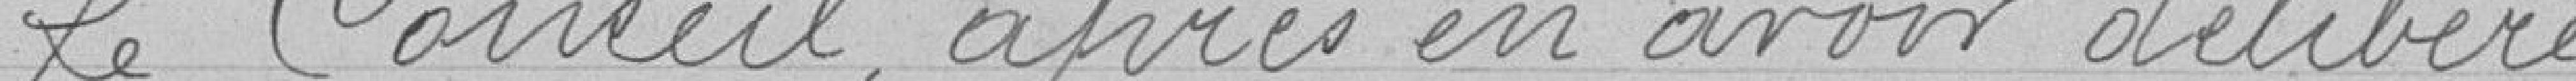
Le Conseil après en avoir délibéré,